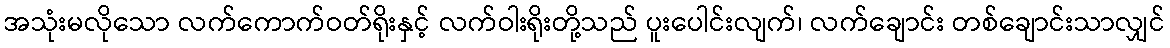
အသုံးမလိုသော လက်ကောက်ဝတ်ရိုးနှင့် လက်ဝါးရိုးတို့သည် ပူးပေါင်းလျက်၊ လက်ချောင်း တစ်ချောင်းသာလျှင်